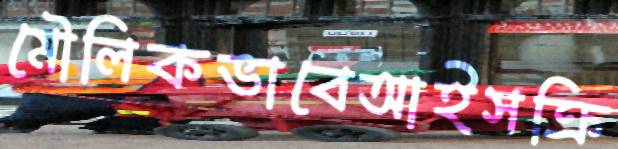
মৌলিকভাবেআইসক্রি